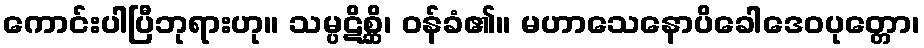
ကောင်းပါပြီဘုရားဟု။ သမ္ပဋိစ္ဆိ၊ ဝန်ခံ၏။ မဟာသေနောပိခေါဒေဝပုတ္တော၊